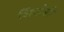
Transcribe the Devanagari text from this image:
शिंदोडी